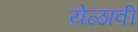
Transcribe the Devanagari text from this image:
येळावी